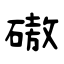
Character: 磝